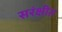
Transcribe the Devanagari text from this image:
सरंक्षीत